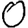
Digit: 0